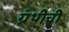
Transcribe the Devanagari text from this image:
ग्रंथीची